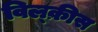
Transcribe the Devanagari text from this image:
विल्क़ीस